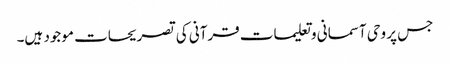
جس پر وحی آسمانی و تعلیمات قرآنی کی تصریحات موجود ہیں۔